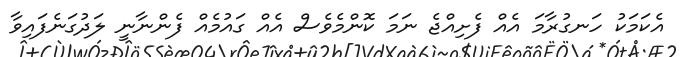
އެކަމަކު ހަނގުރާމަ އެއް ފެށިއްޖެ ނަމަ ކޮންމެވެސް އެއް ގައުމެއް ފެންނާނީ ލަދުގަނެފައިވާ